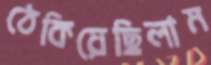
ঠেকিয়েছিলাম